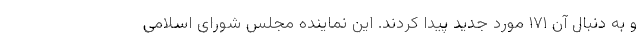
و به دنبال آن ۱۷۱ مورد جدید پیدا کردند. این نماینده مجلس شورای اسلامی